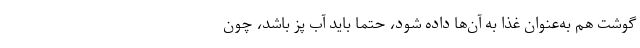
گوشت هم به‌عنوان غذا به آن‌ها داده شود، حتما باید آب پز باشد، چون